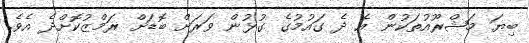
ބިޔަ މަޝްރޫއުތަކުން އެ ދެ ގައުމުގެ ގުޅުން ވަރަށް ބޮޑަށް ރަމްޒުކޮށްދެ އެވެ.